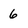
Character: 6